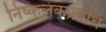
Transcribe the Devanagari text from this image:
निष्कलंकप्रबोध